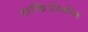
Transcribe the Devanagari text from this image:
रुफिपोगोन